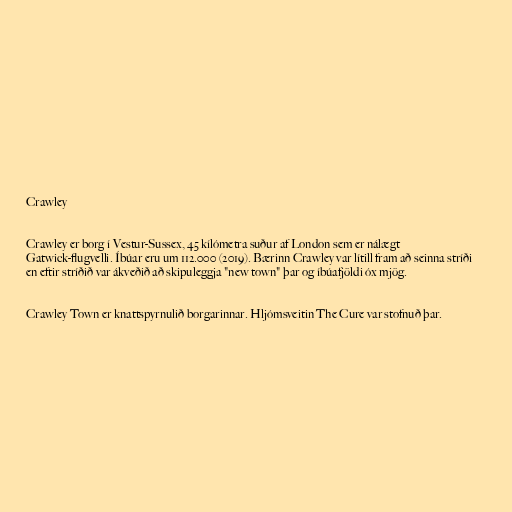
Crawley

Crawley er borg í Vestur-Sussex, 45 kílómetra suður af London sem er nálægt
Gatwick-flugvelli. Íbúar eru um 112.000 (2019). Bærinn Crawley var lítill fram að seinna stríði
en eftir stríðið var ákveðið að skipuleggja "new town" þar og íbúafjöldi óx mjög.

Crawley Town er knattspyrnulið borgarinnar. Hljómsveitin The Cure var stofnuð þar.